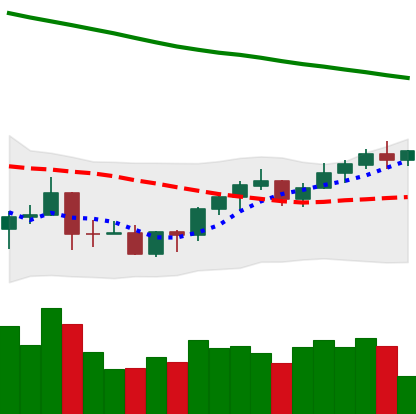
Ticker: BNB-USD
Chart end date: 2022-03-26
Forward return: 3.125%
Label: up_3_5